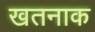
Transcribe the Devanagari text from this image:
खतनाक